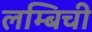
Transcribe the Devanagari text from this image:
लम्बिची